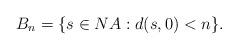
LaTeX: \begin{align*}B_n=\{s\in NA: d(s,0)<n\}. \end{align*}